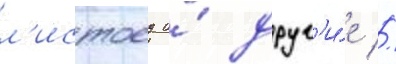
л'истоед и́ друг'и́е //